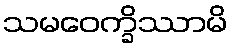
သမဝေက္ခိဿာမိ